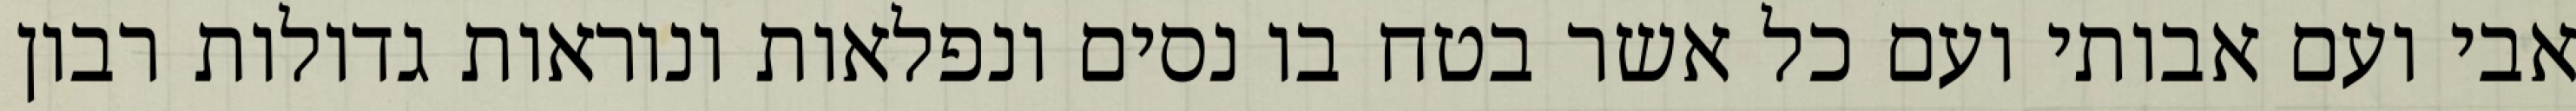
אבי ועם אבותי ועם כל אשר בטח בו נסים ונפלאות ונוראות גדולות רבון